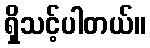
ရှိသင့်ပါတယ်။